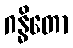
ဂန္ဓိတော